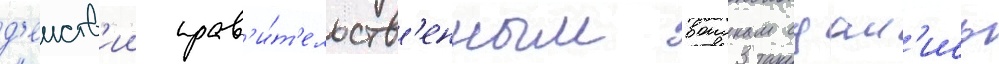
д'еиств'ии прав'и́т'ельств'енным воискам сдал'ись